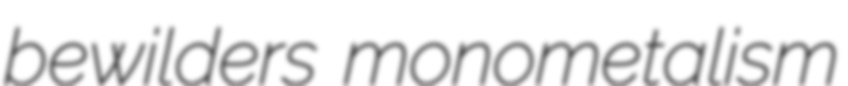
bewilders monometalism